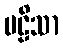
ဗဠိသာ